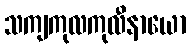
သကျကုလကုလီနာယော